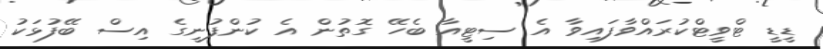
ޑީޑީ ޓްވީޓްކުރައްވާފައިވާ އެ ސިޓީއާ ބެހޭ ގޮތުން އެ ކުންފުނީގެ އިސް ބޭފުޅަކު